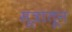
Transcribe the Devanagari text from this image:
सूत्रातून